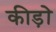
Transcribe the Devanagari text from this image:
कीड़ोे